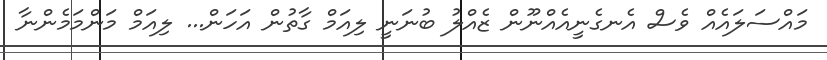
މައްސަލައެއް ވެސް އެނގެނީއެއްނޫން ޒެއްލު ބުނަނީ ލިއަމް ގާތުން އަހަން... ލިއަމް މަންމަމެންނާ